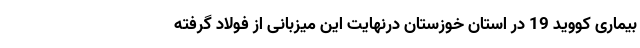
بیماری کووید 19 در استان خوزستان درنهایت این میزبانی از فولاد گرفته